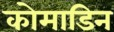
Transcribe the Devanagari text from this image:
कोमाडिन